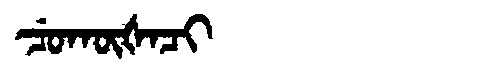
Manchu: ᠴᡠᡴᡡᡧᠠᠴᡳ
Romanization: CUKŪŠACI